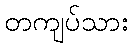
တကျပ်သား